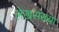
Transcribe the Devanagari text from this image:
लेखसंख्या